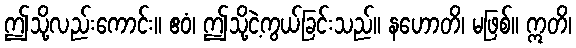
ဤသို့လည်းကောင်း။ ဧဝံ၊ ဤသို့ငဲ့ကွယ်ခြင်းသည်။ နဟောတိ၊ မဖြစ်။ ဣတိ၊